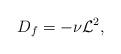
LaTeX: \begin{align*}{D_f}= - \nu {{\cal L}}^2,\end{align*}